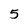
Character: 5